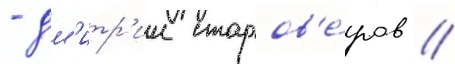
- дм'итр'ии старов'е́ров //